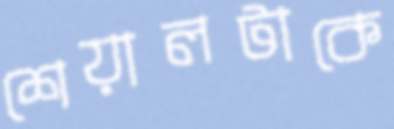
শেয়ালটাকে